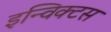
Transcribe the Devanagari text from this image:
इन्विक्टस